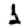
Digit: 1